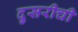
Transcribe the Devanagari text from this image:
दुसरीची